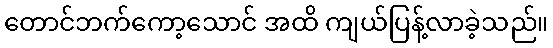
တောင်ဘက်ကော့သောင် အထိ ကျယ်ပြန့်လာခဲ့သည်။